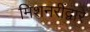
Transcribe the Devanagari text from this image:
मिशनरींद्वारे